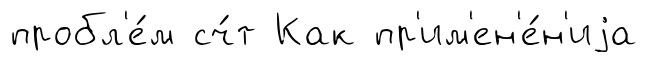
пробл'е́м сч́т Как пр'им'ен'е́н'иjа